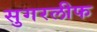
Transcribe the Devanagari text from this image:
सुगरलीफ